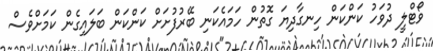
ވޯޓްލީ ދުވަހު ކަންކަން ހިނގާދިޔަ ގޮތުން ހަމައެކަނި ބޭރުފުށަށް ކަންކަން ބަލައިގެން ކަމަށްވެސް